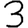
Digit: 3